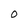
Character: O